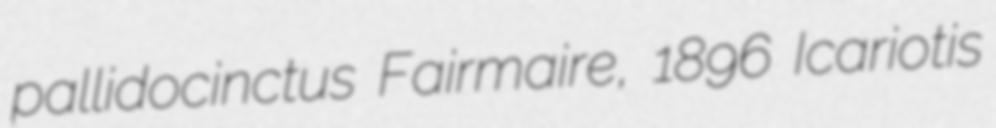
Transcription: pallidocinctus Fairmaire, 1896 Icariotis